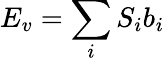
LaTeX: E_{v}=\sum_{i}S_{i}b_{i}